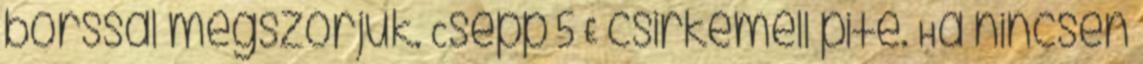
borssal megszórjuk. Csepp 5 £ csirkemell pite. Ha nincsen